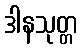
ဒါနသုတ္တ